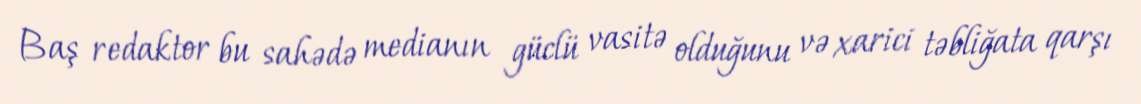
Baş redaktor bu sahədə medianın güclü vasitə olduğunu və xarici təbliğata qarşı